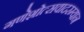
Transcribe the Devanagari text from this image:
गणेशोत्सवादरम्यान